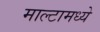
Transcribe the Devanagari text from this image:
माल्टामध्ये